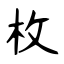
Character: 枚